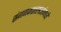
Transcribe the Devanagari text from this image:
संगणकशास्त्रज्ञांमध्ये